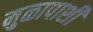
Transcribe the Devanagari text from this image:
मुळापाशी